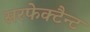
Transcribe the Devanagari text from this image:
सरफेक्टैन्ट